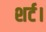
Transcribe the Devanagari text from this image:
शर्ट।